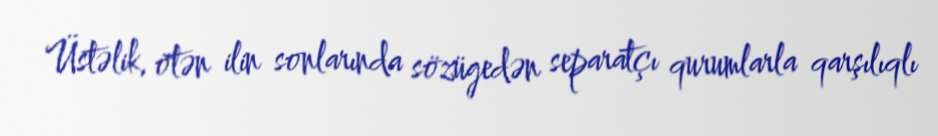
Üstəlik, ötən ilin sonlarında sözügedən separatçı qurumlarla qarşılıqlı